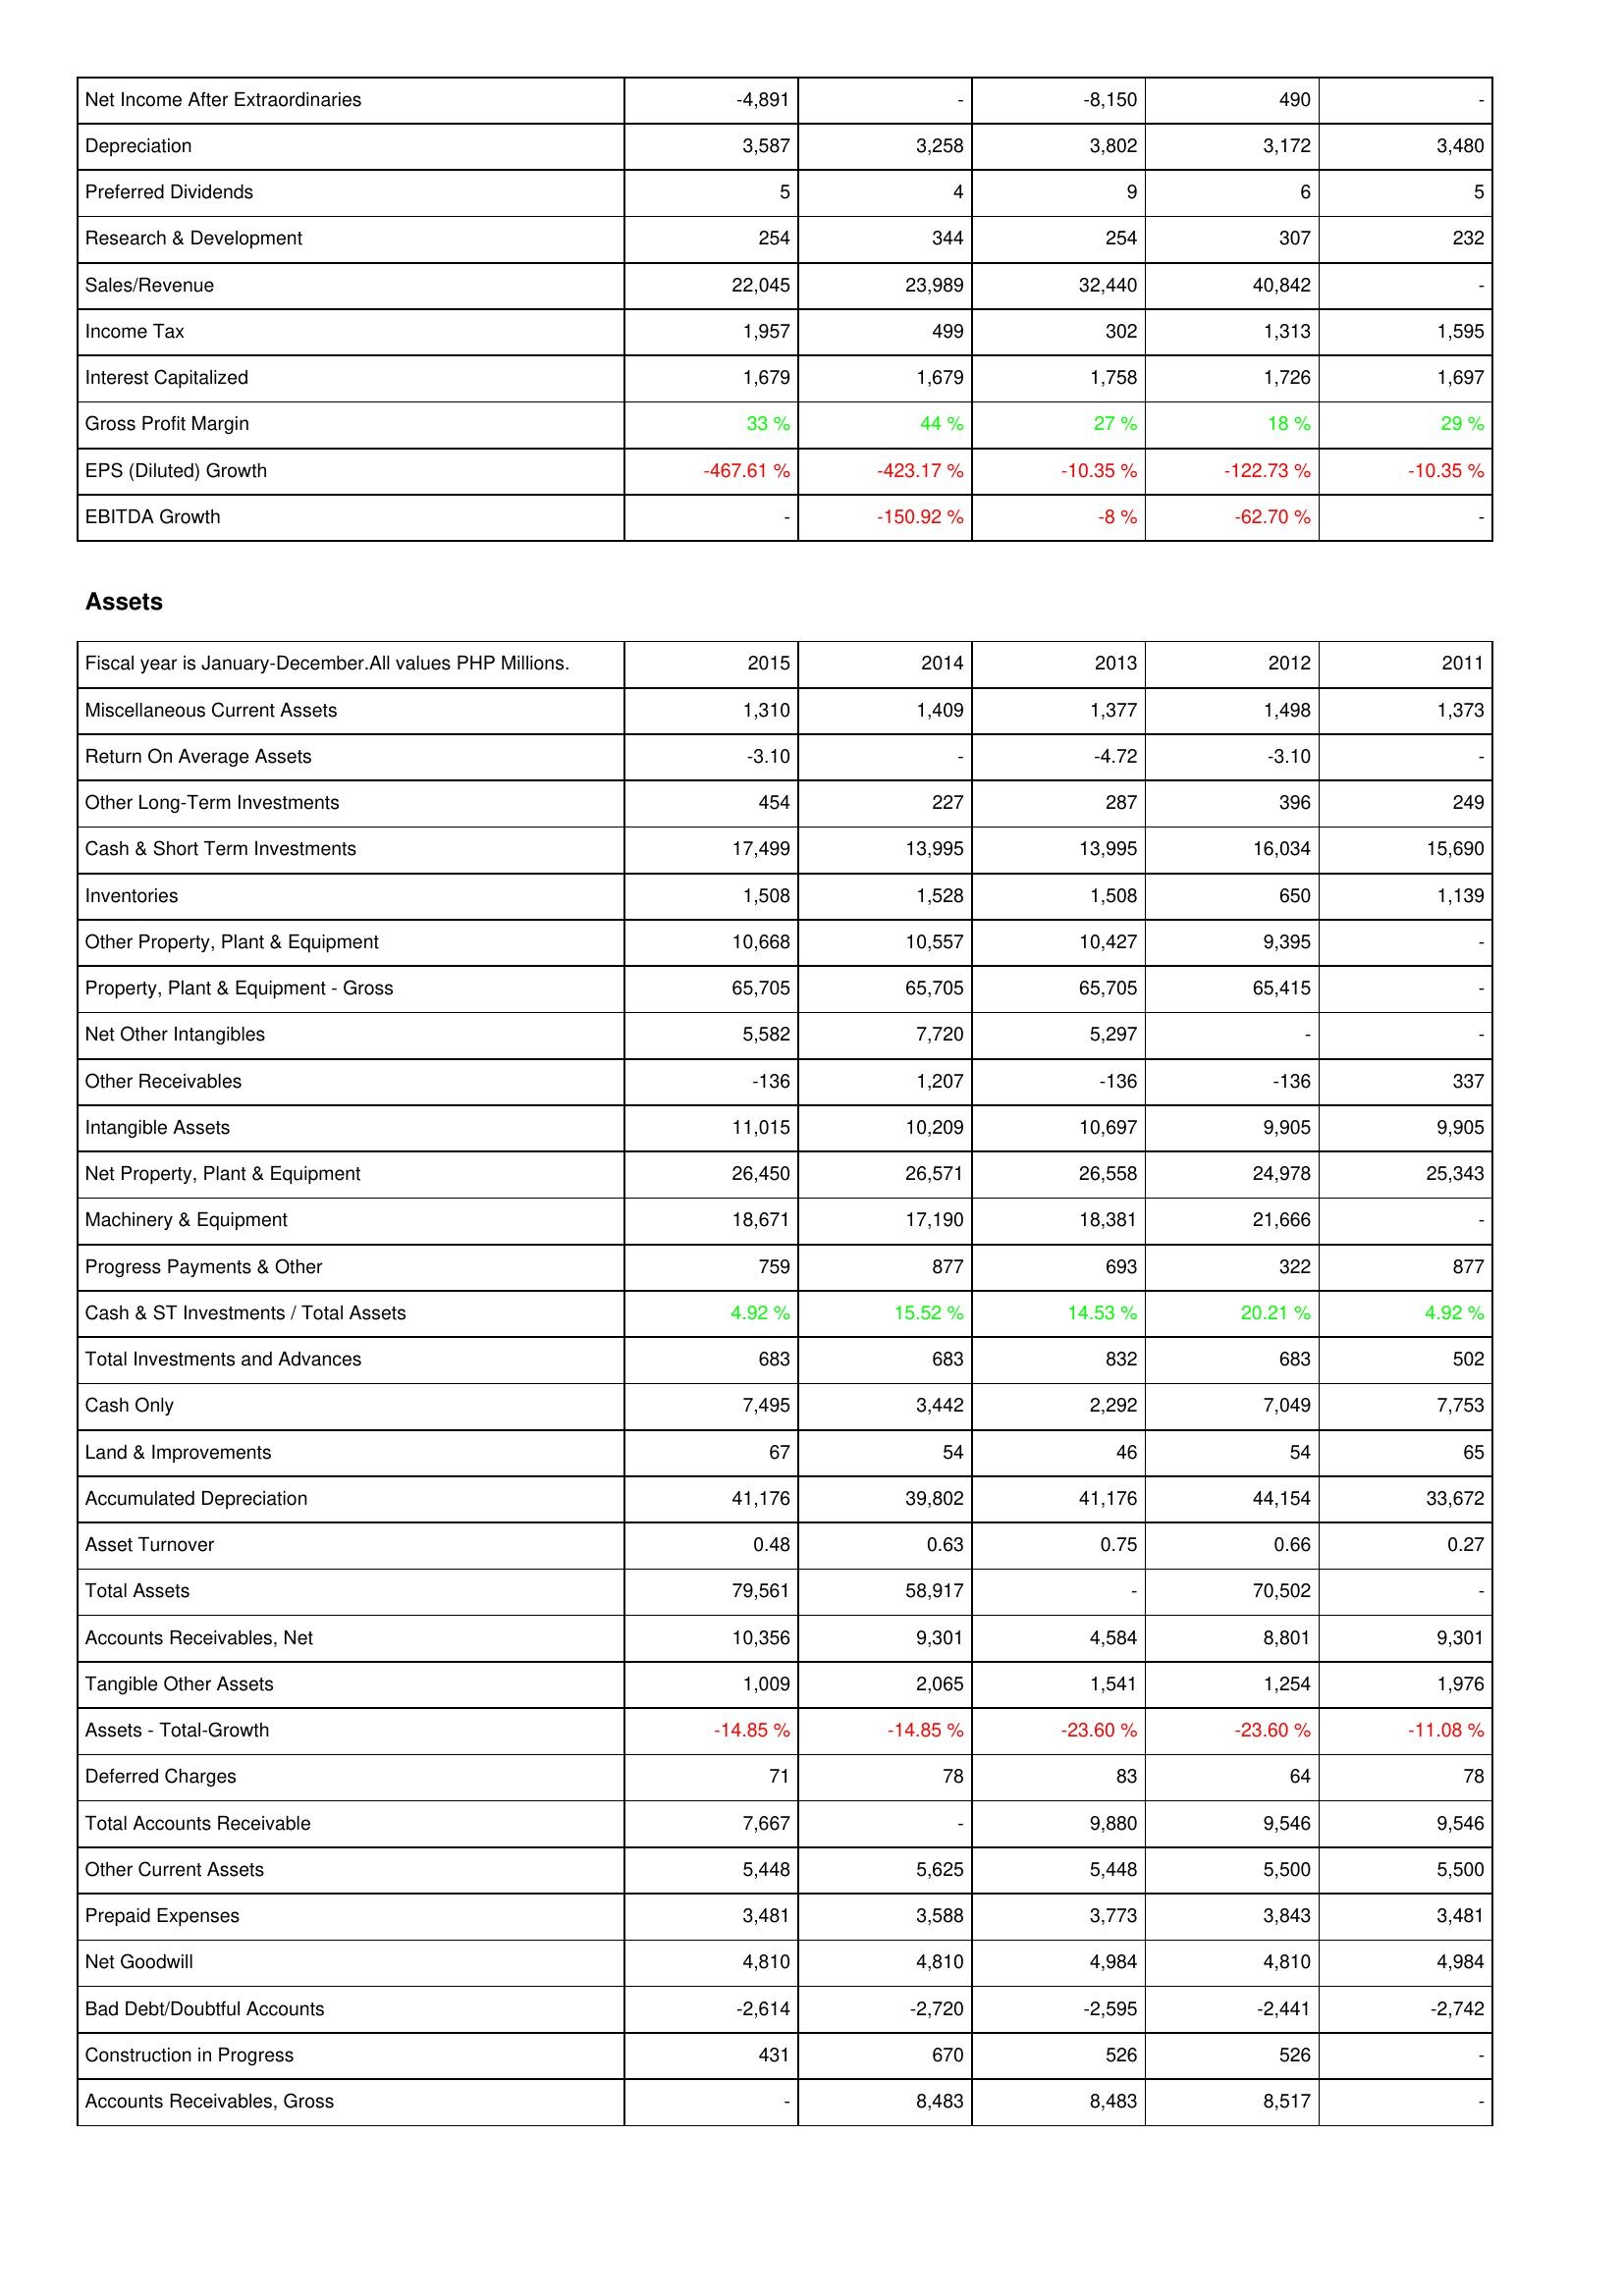
2015: Income Statement: Net Income After Extraordinaries: -4,891
Depreciation: 3,587
Preferred Dividends: 5
Research & Development: 254
Sales/Revenue: 22,045
Income Tax: 1,957
Interest Capitalized: 1,679
Gross Profit Margin: 33 %
EPS (Diluted) Growth: -467.61 %
EBITDA Growth: -
Assets: Miscellaneous Current Assets: 1,310
Return On Average Assets: -3.10
Other Long-Term Investments: 454
Cash & Short Term Investments: 17,499
Inventories: 1,508
Other Property, Plant & Equipment: 10,668
Property, Plant & Equipment - Gross: 65,705
Net Other Intangibles: 5,582
Other Receivables: -136
Intangible Assets: 11,015
Net Property, Plant & Equipment: 26,450
Machinery & Equipment: 18,671
Progress Payments & Other: 759
Cash & ST Investments / Total Assets: 4.92 %
Total Investments and Advances: 683
Cash Only: 7,495
Land & Improvements: 67
Accumulated Depreciation: 41,176
Asset Turnover: 0.48
Total Assets: 79,561
Accounts Receivables, Net: 10,356
Tangible Other Assets: 1,009
Assets - Total-Growth: -14.85 %
Deferred Charges: 71
Total Accounts Receivable: 7,667
Other Current Assets: 5,448
Prepaid Expenses: 3,481
Net Goodwill: 4,810
Bad Debt/Doubtful Accounts: -2,614
Construction in Progress: 431
Accounts Receivables, Gross: -
2014: Income Statement: Net Income After Extraordinaries: -
Depreciation: 3,258
Preferred Dividends: 4
Research & Development: 344
Sales/Revenue: 23,989
Income Tax: 499
Interest Capitalized: 1,679
Gross Profit Margin: 44 %
EPS (Diluted) Growth: -423.17 %
EBITDA Growth: -150.92 %
Assets: Miscellaneous Current Assets: 1,409
Return On Average Assets: -
Other Long-Term Investments: 227
Cash & Short Term Investments: 13,995
Inventories: 1,528
Other Property, Plant & Equipment: 10,557
Property, Plant & Equipment - Gross: 65,705
Net Other Intangibles: 7,720
Other Receivables: 1,207
Intangible Assets: 10,209
Net Property, Plant & Equipment: 26,571
Machinery & Equipment: 17,190
Progress Payments & Other: 877
Cash & ST Investments / Total Assets: 15.52 %
Total Investments and Advances: 683
Cash Only: 3,442
Land & Improvements: 54
Accumulated Depreciation: 39,802
Asset Turnover: 0.63
Total Assets: 58,917
Accounts Receivables, Net: 9,301
Tangible Other Assets: 2,065
Assets - Total-Growth: -14.85 %
Deferred Charges: 78
Total Accounts Receivable: -
Other Current Assets: 5,625
Prepaid Expenses: 3,588
Net Goodwill: 4,810
Bad Debt/Doubtful Accounts: -2,720
Construction in Progress: 670
Accounts Receivables, Gross: 8,483
2013: Income Statement: Net Income After Extraordinaries: -8,150
Depreciation: 3,802
Preferred Dividends: 9
Research & Development: 254
Sales/Revenue: 32,440
Income Tax: 302
Interest Capitalized: 1,758
Gross Profit Margin: 27 %
EPS (Diluted) Growth: -10.35 %
EBITDA Growth: -8 %
Assets: Miscellaneous Current Assets: 1,377
Return On Average Assets: -4.72
Other Long-Term Investments: 287
Cash & Short Term Investments: 13,995
Inventories: 1,508
Other Property, Plant & Equipment: 10,427
Property, Plant & Equipment - Gross: 65,705
Net Other Intangibles: 5,297
Other Receivables: -136
Intangible Assets: 10,697
Net Property, Plant & Equipment: 26,558
Machinery & Equipment: 18,381
Progress Payments & Other: 693
Cash & ST Investments / Total Assets: 14.53 %
Total Investments and Advances: 832
Cash Only: 2,292
Land & Improvements: 46
Accumulated Depreciation: 41,176
Asset Turnover: 0.75
Total Assets: -
Accounts Receivables, Net: 4,584
Tangible Other Assets: 1,541
Assets - Total-Growth: -23.60 %
Deferred Charges: 83
Total Accounts Receivable: 9,880
Other Current Assets: 5,448
Prepaid Expenses: 3,773
Net Goodwill: 4,984
Bad Debt/Doubtful Accounts: -2,595
Construction in Progress: 526
Accounts Receivables, Gross: 8,483
2012: Income Statement: Net Income After Extraordinaries: 490
Depreciation: 3,172
Preferred Dividends: 6
Research & Development: 307
Sales/Revenue: 40,842
Income Tax: 1,313
Interest Capitalized: 1,726
Gross Profit Margin: 18 %
EPS (Diluted) Growth: -122.73 %
EBITDA Growth: -62.70 %
Assets: Miscellaneous Current Assets: 1,498
Return On Average Assets: -3.10
Other Long-Term Investments: 396
Cash & Short Term Investments: 16,034
Inventories: 650
Other Property, Plant & Equipment: 9,395
Property, Plant & Equipment - Gross: 65,415
Net Other Intangibles: -
Other Receivables: -136
Intangible Assets: 9,905
Net Property, Plant & Equipment: 24,978
Machinery & Equipment: 21,666
Progress Payments & Other: 322
Cash & ST Investments / Total Assets: 20.21 %
Total Investments and Advances: 683
Cash Only: 7,049
Land & Improvements: 54
Accumulated Depreciation: 44,154
Asset Turnover: 0.66
Total Assets: 70,502
Accounts Receivables, Net: 8,801
Tangible Other Assets: 1,254
Assets - Total-Growth: -23.60 %
Deferred Charges: 64
Total Accounts Receivable: 9,546
Other Current Assets: 5,500
Prepaid Expenses: 3,843
Net Goodwill: 4,810
Bad Debt/Doubtful Accounts: -2,441
Construction in Progress: 526
Accounts Receivables, Gross: 8,517
2011: Income Statement: Net Income After Extraordinaries: -
Depreciation: 3,480
Preferred Dividends: 5
Research & Development: 232
Sales/Revenue: -
Income Tax: 1,595
Interest Capitalized: 1,697
Gross Profit Margin: 29 %
EPS (Diluted) Growth: -10.35 %
EBITDA Growth: -
Assets: Miscellaneous Current Assets: 1,373
Return On Average Assets: -
Other Long-Term Investments: 249
Cash & Short Term Investments: 15,690
Inventories: 1,139
Other Property, Plant & Equipment: -
Property, Plant & Equipment - Gross: -
Net Other Intangibles: -
Other Receivables: 337
Intangible Assets: 9,905
Net Property, Plant & Equipment: 25,343
Machinery & Equipment: -
Progress Payments & Other: 877
Cash & ST Investments / Total Assets: 4.92 %
Total Investments and Advances: 502
Cash Only: 7,753
Land & Improvements: 65
Accumulated Depreciation: 33,672
Asset Turnover: 0.27
Total Assets: -
Accounts Receivables, Net: 9,301
Tangible Other Assets: 1,976
Assets - Total-Growth: -11.08 %
Deferred Charges: 78
Total Accounts Receivable: 9,546
Other Current Assets: 5,500
Prepaid Expenses: 3,481
Net Goodwill: 4,984
Bad Debt/Doubtful Accounts: -2,742
Construction in Progress: -
Accounts Receivables, Gross: -